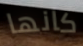
كانها